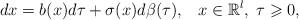
LaTeX: \begin{align*} dx =b( x)d\tau+\sigma( x)d \beta (\tau),\;\;\; x\in\mathbb{R}^l,\; \tau\geqslant0, \end{align*}